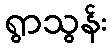
ရွာသွန်း